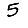
Digit: 5